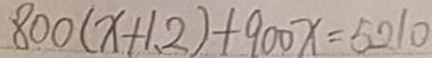
8 0 0 ( x + 1 . 2 ) + 9 0 0 x = 5 0 1 0